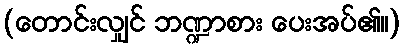
(တောင်းလျှင် ဘဏ္ဍာစား ပေးအပ်၏။)